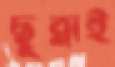
ছুব্‌লাই